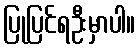
ပြုပြင်ရဦးမှာပါ။